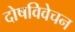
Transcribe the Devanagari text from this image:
दोषविवेचन